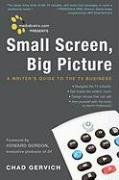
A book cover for Mediabistro.com Presents Small Screen, Big Picture: A Writer's Guide to the TV Business; Chad Gervich; Business & Money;